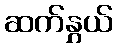
ဆက်နွှယ်